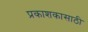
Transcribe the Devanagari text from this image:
प्रकाशकासाठी